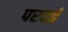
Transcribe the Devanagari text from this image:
परवई